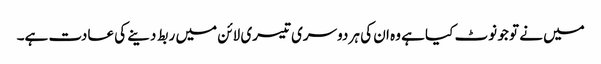
میں نے تو جو نوٹ کیا ہے وہ ان کی ہر دوسری تیسری لائن میں ربط دینے کی عادت ہے۔